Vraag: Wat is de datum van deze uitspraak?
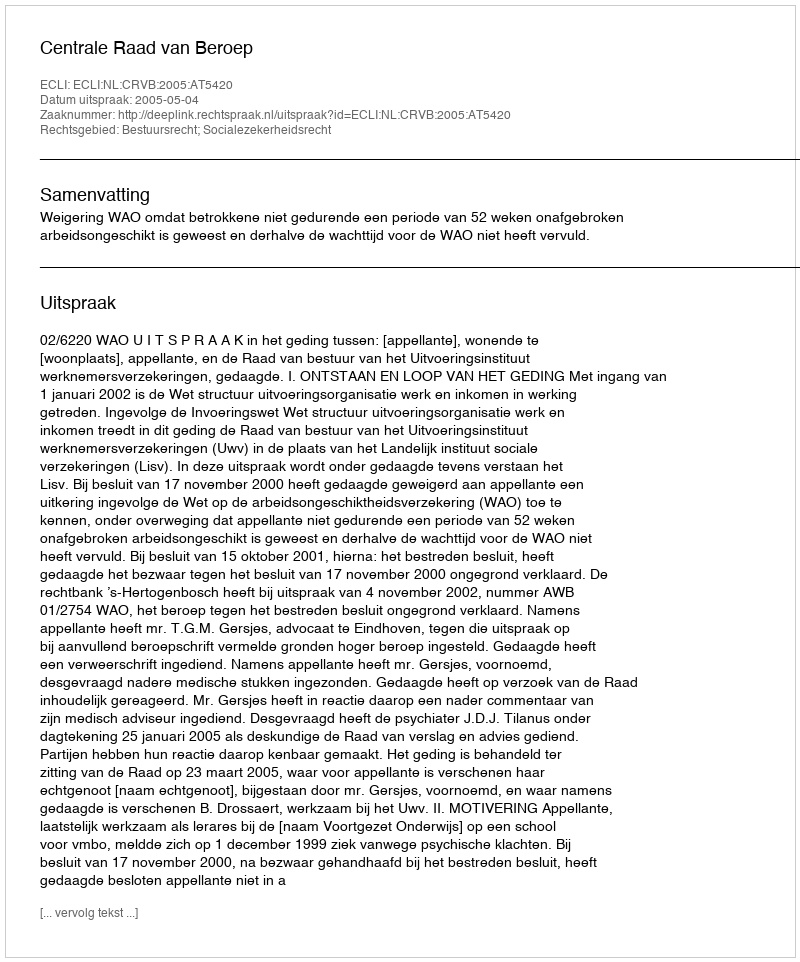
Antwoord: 2005-05-04